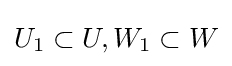
U_{1}\subset U,W_{1}\subset W